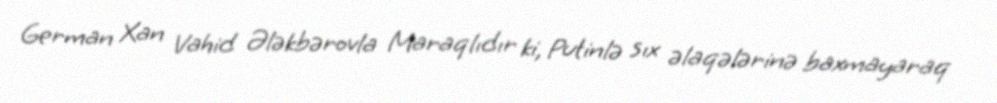
German Xan Vahid Ələkbərovla Maraqlıdır ki, Putinlə sıx əlaqələrinə baxmayaraq